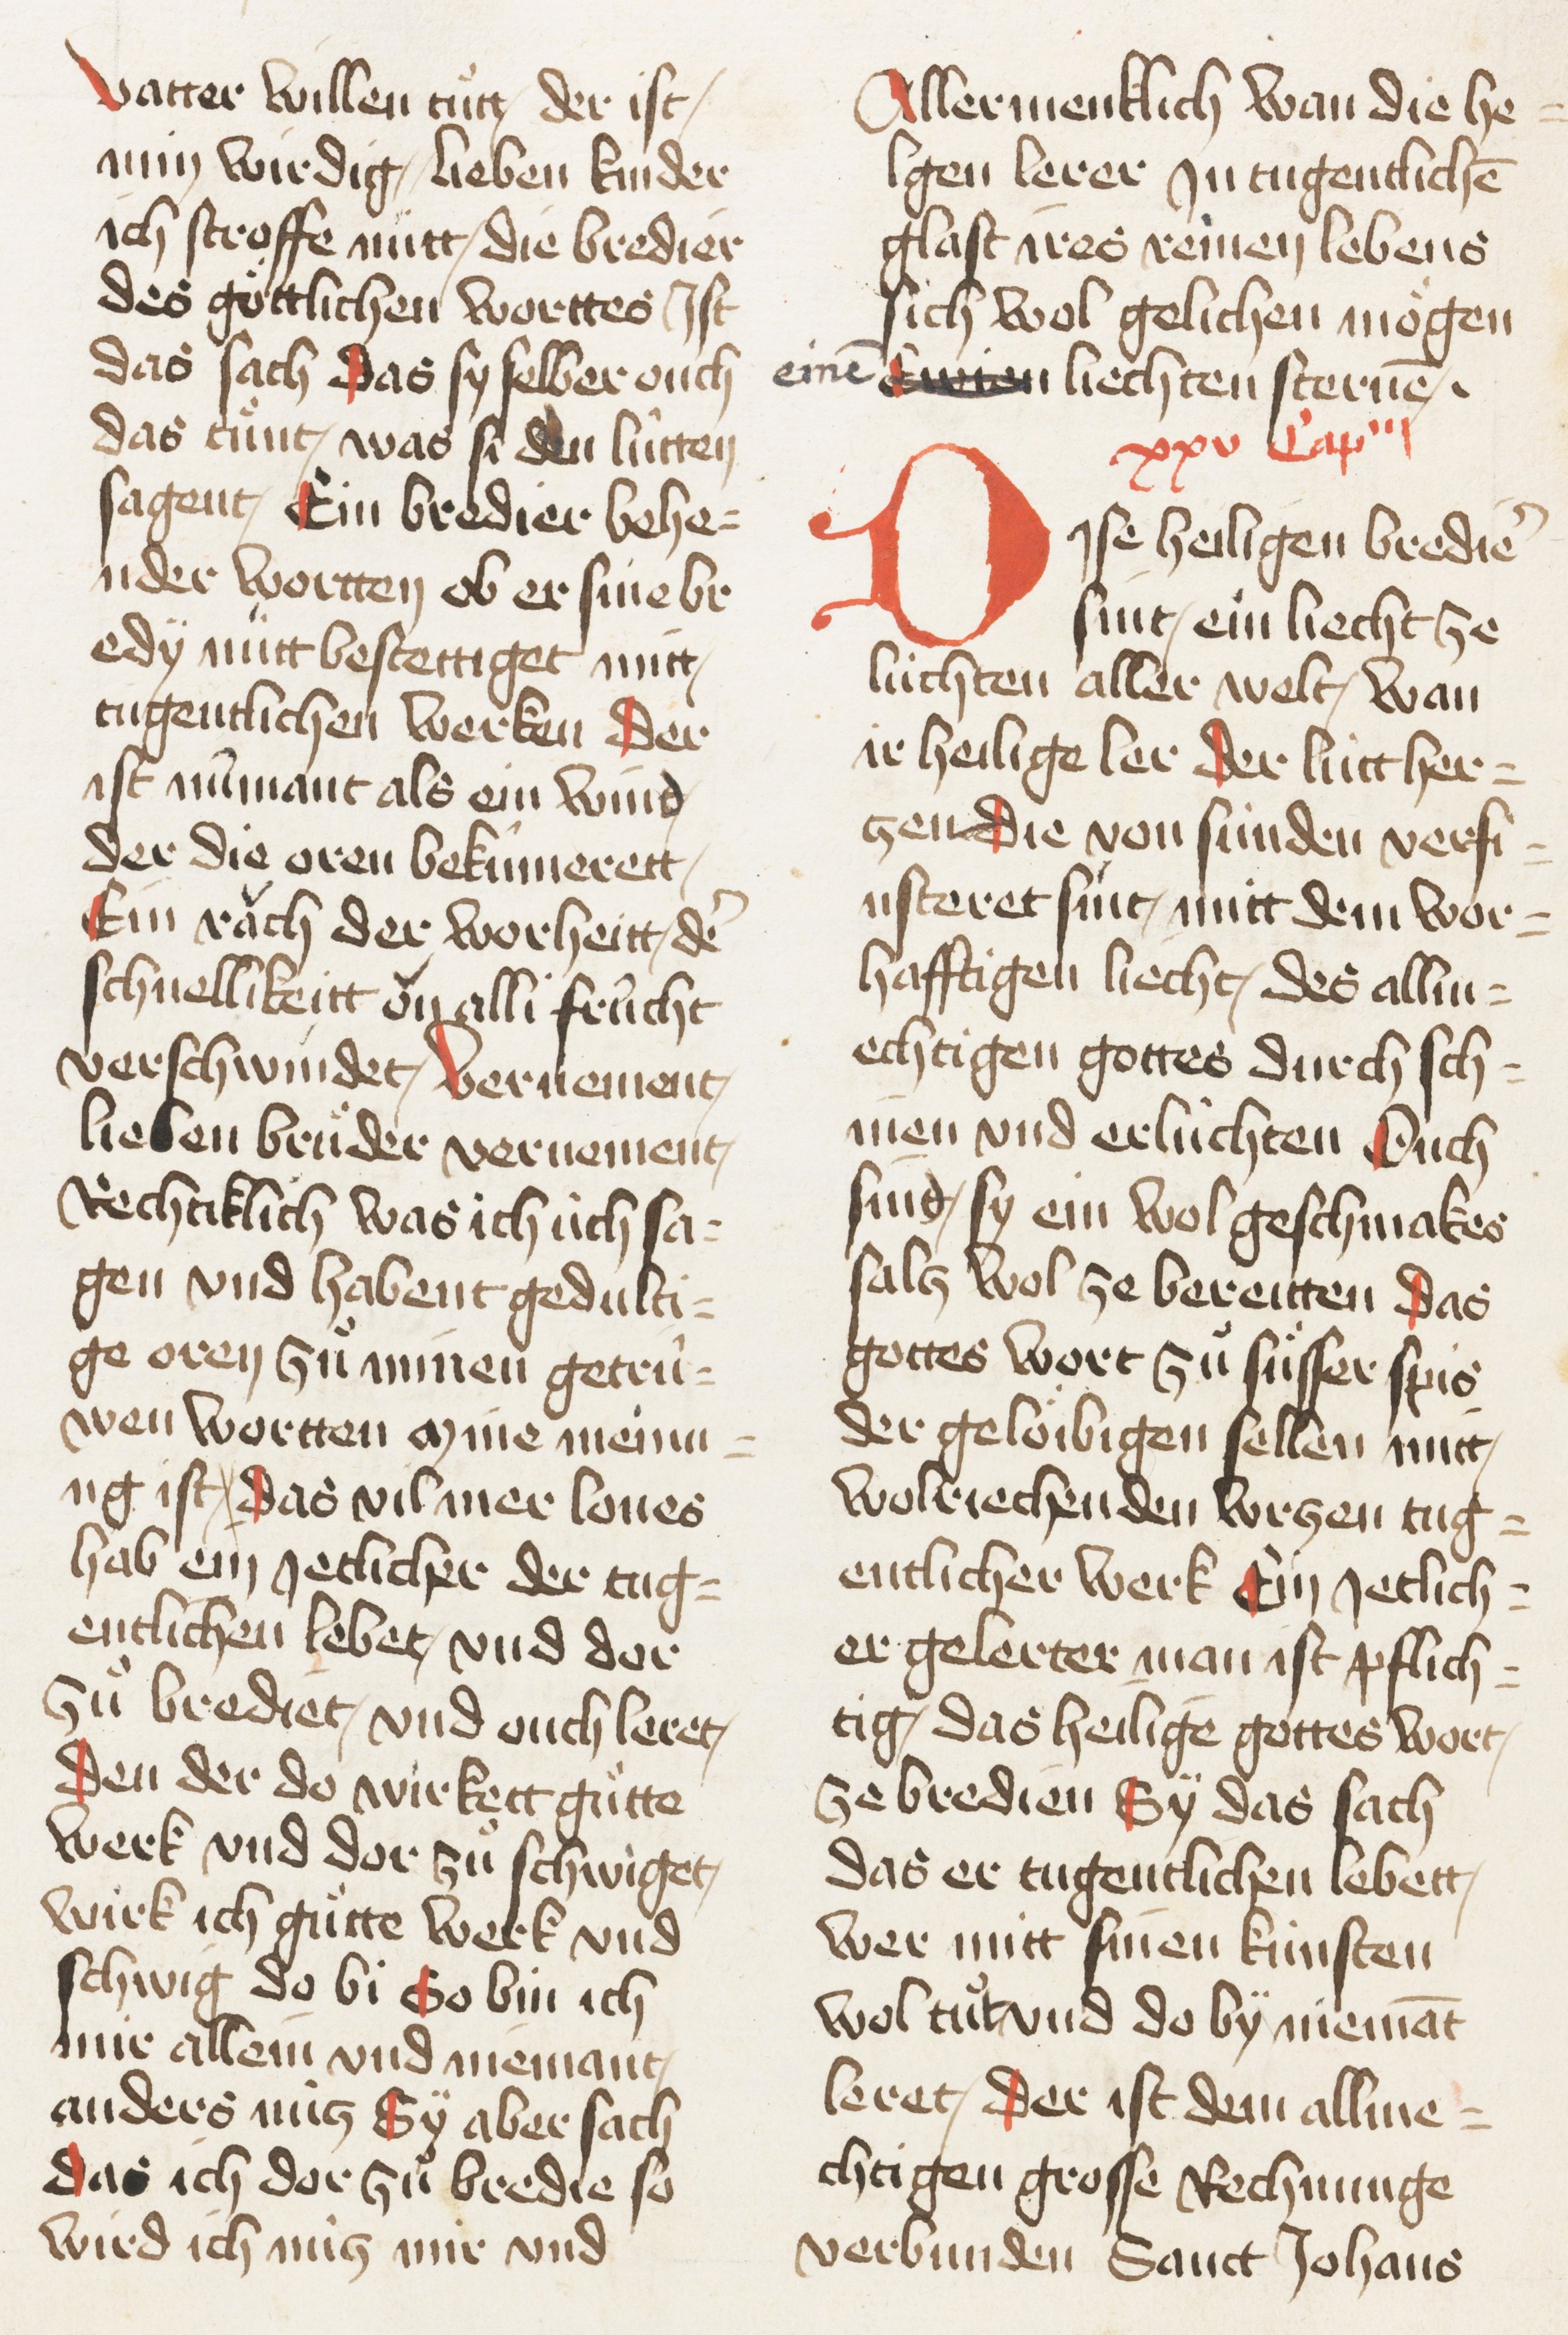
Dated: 1467–1467